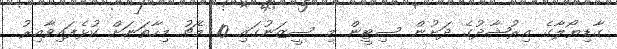
ގާޑިޔޯލާގެ އިރުޝާދުގެ ދަށުން ސިޓީން މި ސީޒަނުގައި 10 މެޗު މިހާތަނަށް ކުޅެފައިވާއިރު